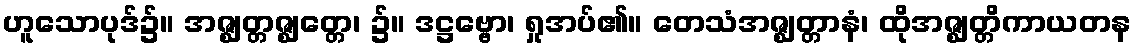
ဟူသောပုဒ်၌။ အဇ္ဈတ္တဇ္ဈတ္တေ၊ ၌။ ဒဋ္ဌဗ္ဗော၊ ရှုအပ်၏။ တေသံအဇ္ဈတ္တာနံ၊ ထိုအဇ္ဈတ္တိကာယတန